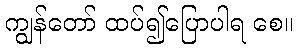
ကျွန်တော် ထပ်၍ပြောပါရ စေ။